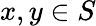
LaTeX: x,y\in S